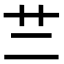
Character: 𦫽